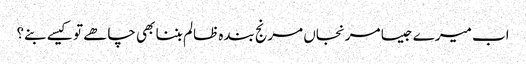
اب میرے جیسا مرنجاں مرنج بندہ ظالم بننا بھی چاھے تو کیسے بنے؟